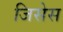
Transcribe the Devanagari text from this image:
जिसेस